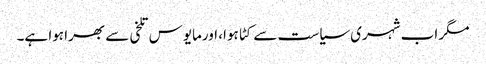
مگر اب شہری سیاست سے کٹا ہوا، اورمایوس تلخی سے بھرا ہوا ہے۔